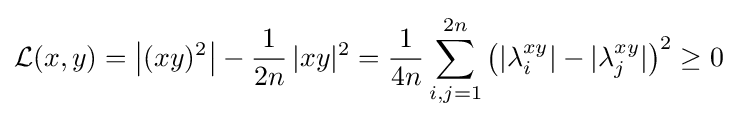
{\mathcal {L}}(x,y)={\big |}(xy)^{2}{\big |}-{\frac {1}{2n}}{\,}|xy|^{2}={\frac {1}{4n}}\sum _{i,j=1}^{2n}{\big (}|\lambda _{i}^{xy}|-|\lambda _{j}^{xy}|{\big )}^{2}\geq 0{\,}